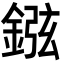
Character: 𨧻